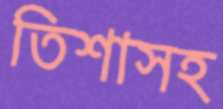
তিশাসহ